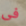
فى